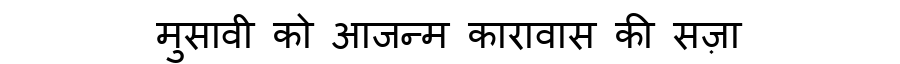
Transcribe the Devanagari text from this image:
मुसावी को आजन्म कारावास की सज़ा